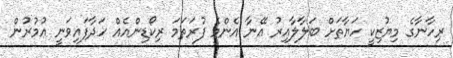
ރިހާނާގެ މިޔުޒިކީ ހަޔާތަށް ބަލާލާއިރު އޭނާ އެންމެ ފުރަތަމަ ރިކޯޑިންއެއް ހަދާފައިވަނީ އުމުރުން